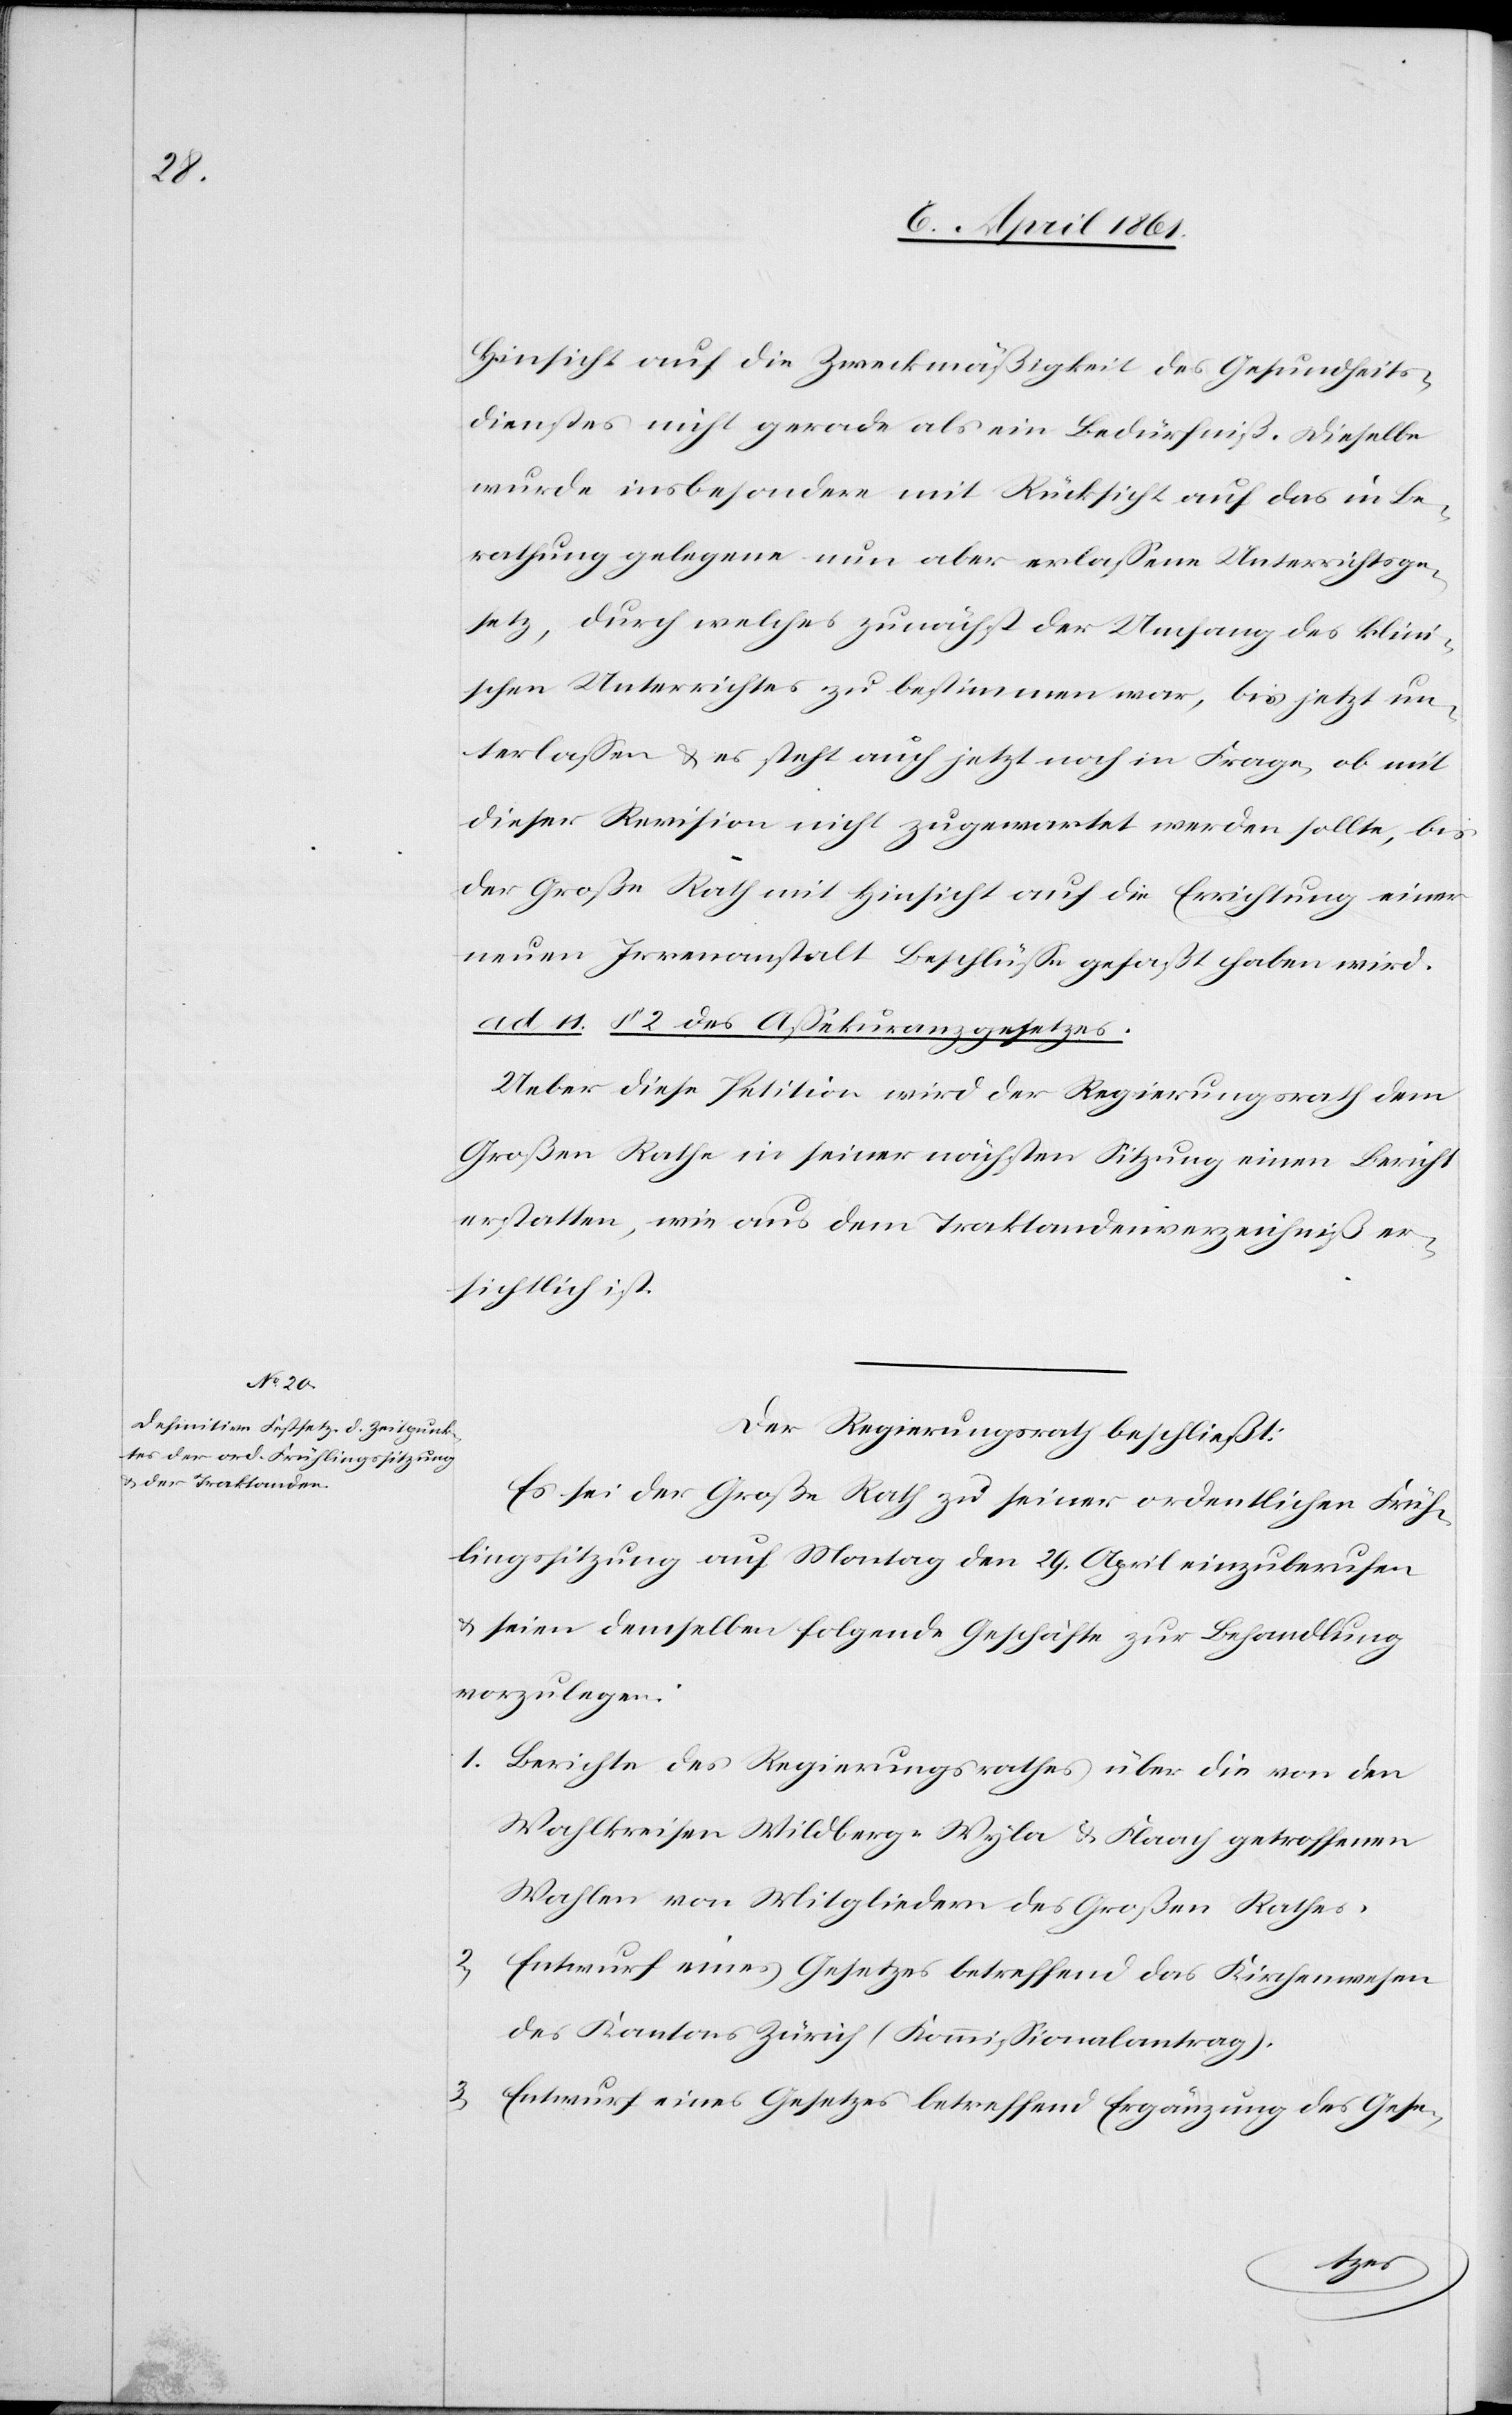
Hinsicht auf die Zweckmäßigkeit des Gesundheits¬
dienstes nicht gerade als ein Bedürfniß. Dieselbe
wurde insbesondere mit Rücksicht auf das in Be¬
rathung gelegene nun aber erlassene Unterrichtsge¬
setz, durch welches zunächst der Umfang des klini¬
schen Unterrichtes zu bestimmen war, bis jetzt un¬
terlassen u. es steht auch jetzt noch in Frage, ob mit
dieser Revision nicht zugewartet werden sollte, bis
der Große Rath mit Hinsicht auf die Errichtung einer
neuen Irrenanstalt Beschlüsse gefaßt haben wird.
ad. 11. §. 2 des Assekuranzgesetzes.
Ueber diese Petition wird der Regierungsrath dem
Großen Rathe in seiner nächsten Sitzung einen Bericht
erstatten, wie aus dem Traktandenverzeichniß er¬
sichtlich ist.
Der Regierungsrath beschließt:
Es sei der Große Rath zu seiner ordentlichen Früh¬
lingssitzung auf Montag den 29. April einzuberufen
u. seien demselben folgende Geschäfte zur Behandlung
vorzulegen:
1. Berichte des Regierungsrathes über die von den
Wahlkreisen Wildberg-Wyla u. Flaach getroffenen
Wahlen von Mitgliedern des Großen Rathes.
2. Entwurf eines Gesetzes betreffend das Kirchenwesen
des Kantons Zürich (Kommissionalantrag).
3. Entwurf eines Gesetzes betreffend Ergänzung des Gese-